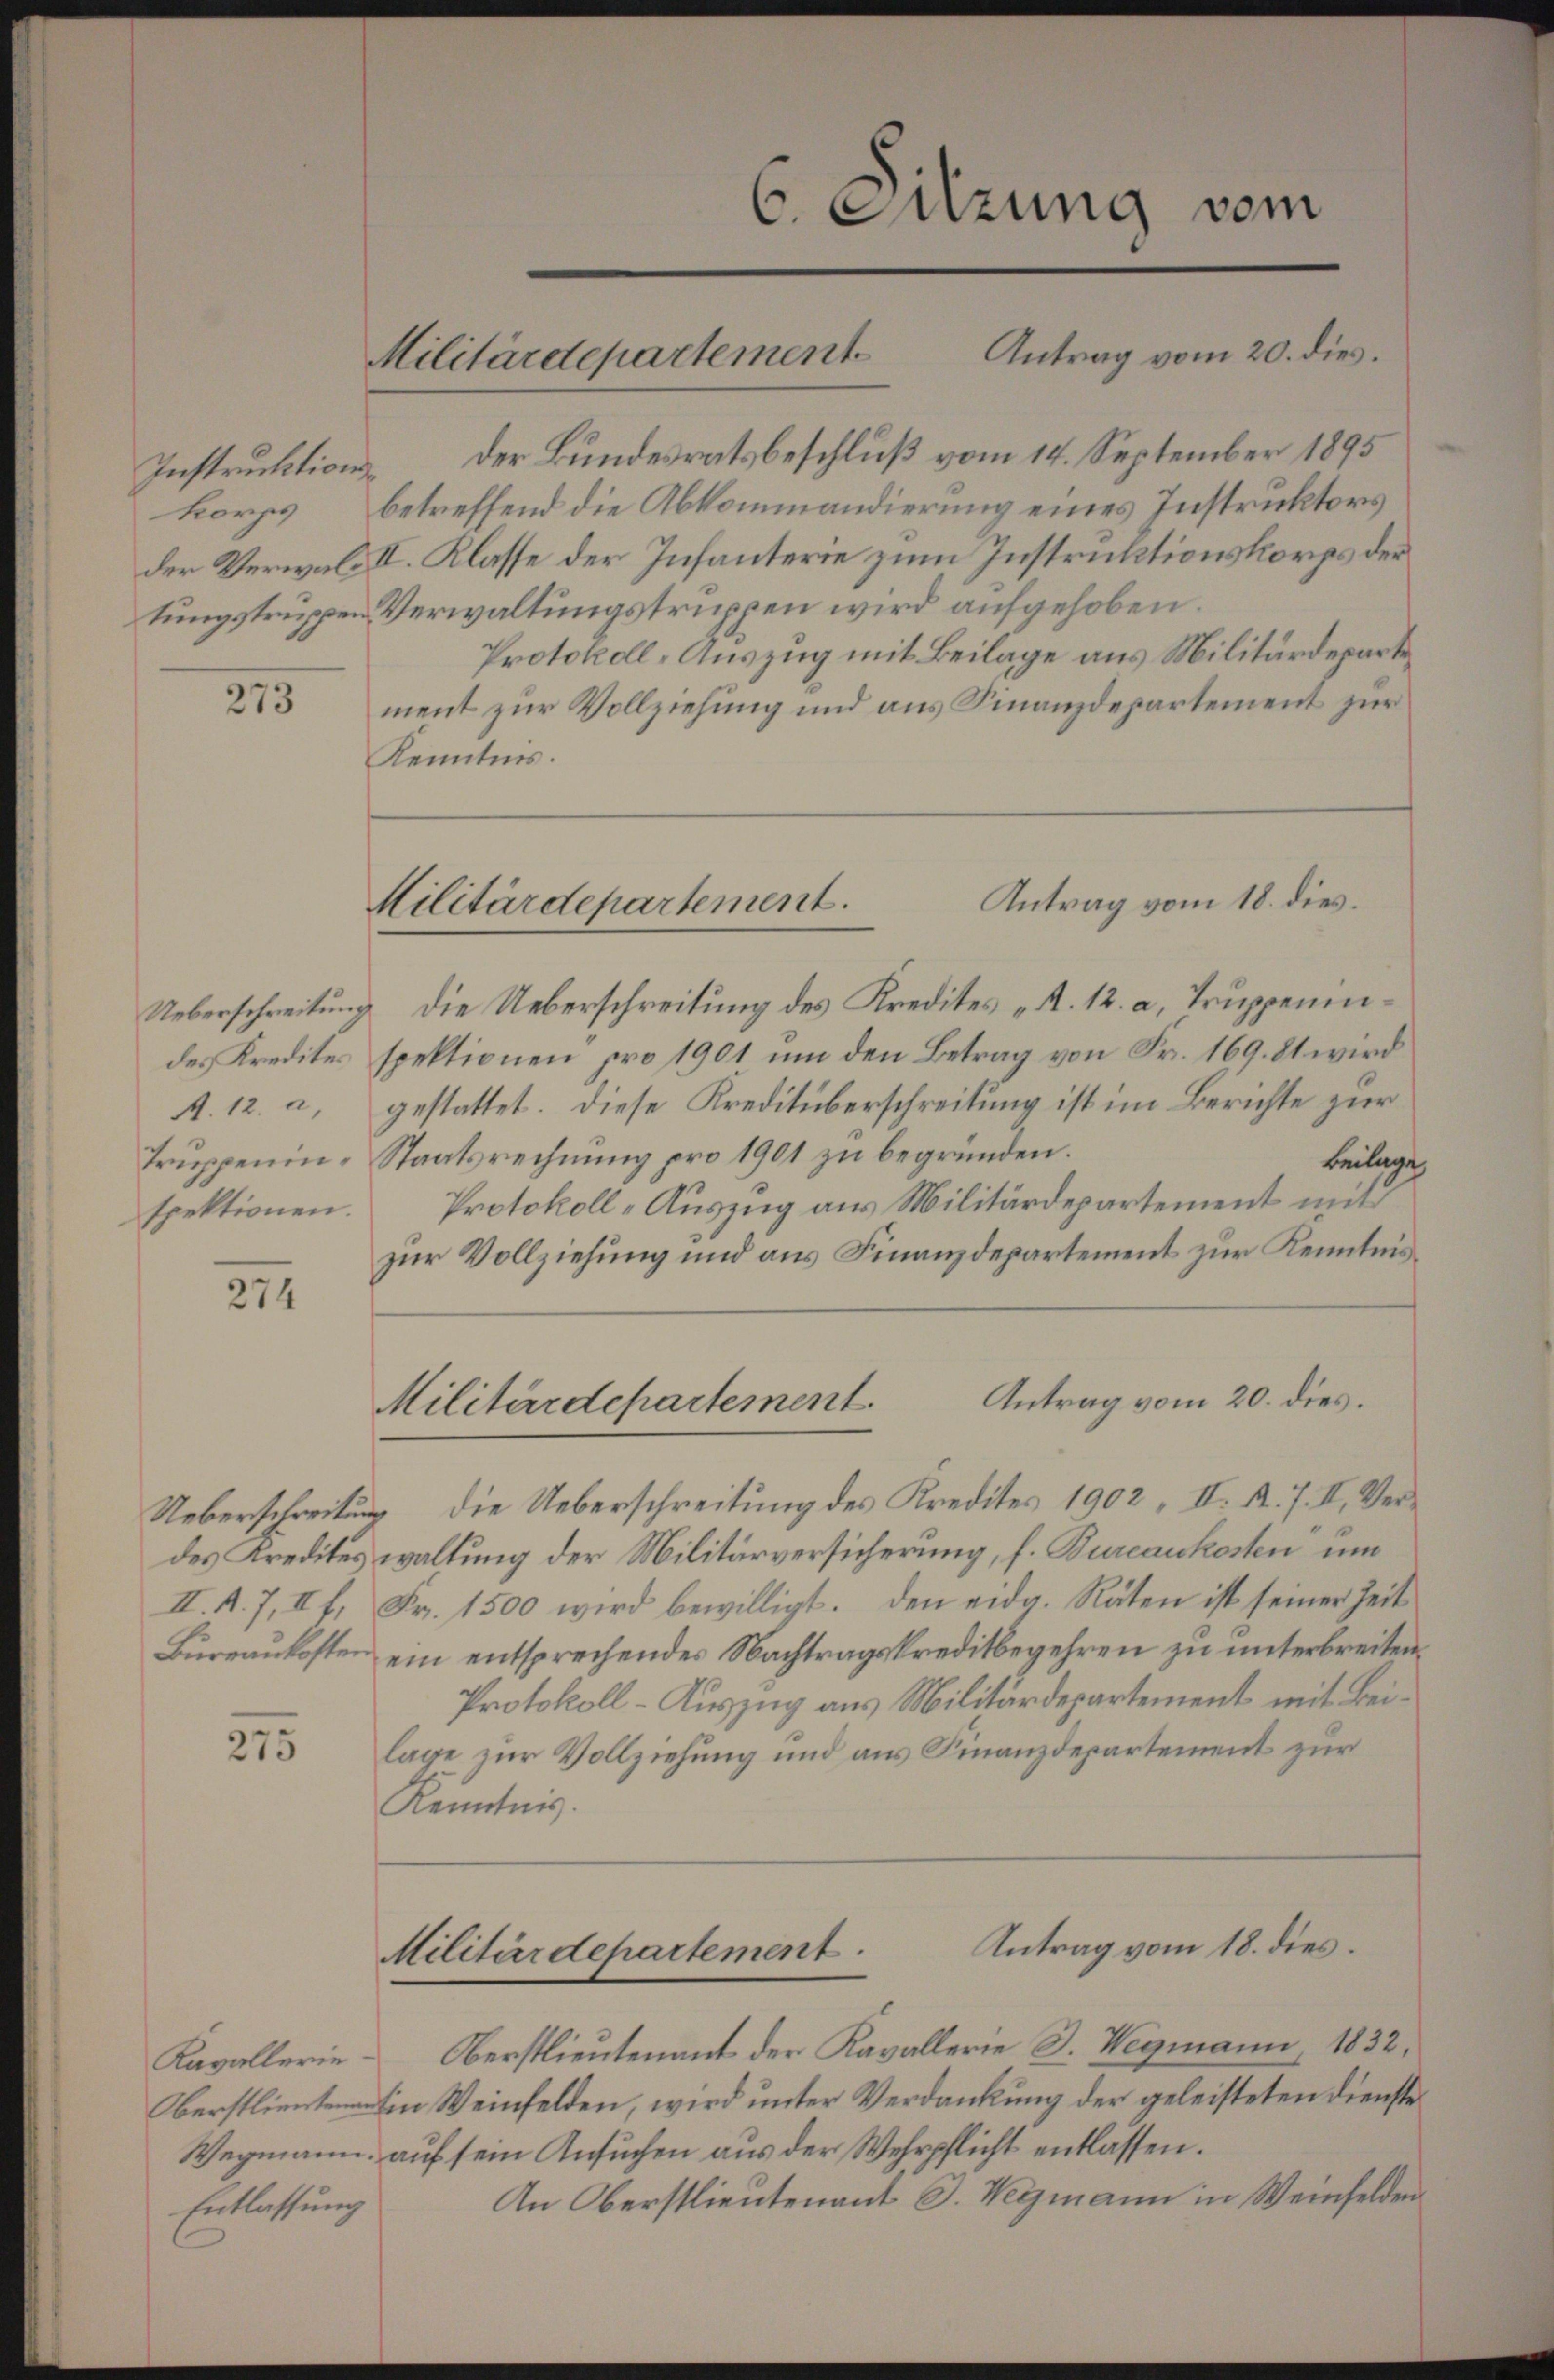
273

Ueberschreitung
des Kredites
A. 12. a,
spektionen.

274

Büreaukosten

275

Instruktion der Bundesratsbeschluß vom 14. September 1895
korps betreffend die Abkommandierung eines Instruktors
der Verwald II. Klasse der Infanterie zum Instruktionskorps der
tungstruppen Verwaltungstruppen wird aufgehoben.
Protokoll-Auszug mit Beilage aus Militärdepartement zur Vollziehung und aus Finanzdepartement zur
Kenntnis.

Kavallerie
Entlassung

Die Ueberschreitung des Kredites „A. 12. a, Truppeninspektionen pro 1901 ŭm den Betrag von Fr. 169. 81 wird
gestattet. Diese Kreditüberschreitung ist im Berichte zur
Truppenin-Staatsrechnung pro 1901 zu begründen.
Beilage
Protokoll-Auszug aus Militärdepartement mit
zur Vollziehung und aus Finanzdepartement zur Kenntnis
Antrag vom 20. dies
Militärdepartement
Ueberschreitung die Ueberschreitung des Kredites 1902, II. R. 7. II. Verdes Kredites waltung der Militärversicherung, s. Bureaukosten um
II. A. 7, II f. Fr. 1500 wird bewilligt. Den eidg. Räten ist seiner Zeit
ein entsprechendes Nachtragskreditbegehren zu unterbreiten.
Protokoll-Auszug aus Militärdepartement mit Beilage zur Vollziehung und aus Finanzdepartement zur
Kenntnis.

6 Enzung vom
Militärdepartement Antrag vom 20. dies

Oberstlieutenant der Kavallerie J. Wegmann, 1832.
Oberstli in Weinfelden, wird unter Verdankung der geleisteten Dienste
Wegmann auf sein Ansuchen aus der Wehrpflicht entlassen.
An Oberstlieutenant J. Weizmann in Weinfelden

Antrag vom 18. dies
Militärdepartement.

Antrag vom 18. dies.
Militärdepartement.